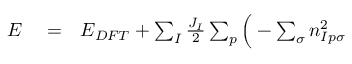
\begin{array} { r l r } { E } & { { } = } & { E _ { D F T } + \sum _ { I } \frac { J _ { I } } { 2 } \sum _ { p } \Big ( - \sum _ { \sigma } n _ { I p \sigma } ^ { 2 } } \end{array}